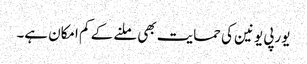
یورپی یونین کی حمایت بھی ملنے کے کم امکان ہے۔